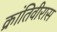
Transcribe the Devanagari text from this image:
क्रांतिवीरास